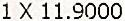
1 X 11.9000